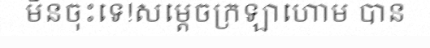
មិនចុះទេ!សម្តេចក្រឡាហោម បាន